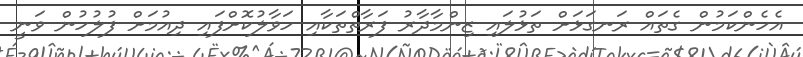
އެހެންކަމުން ގެތައް ރަނގަޅަށް ތަޅުލައި ޒިންމާދާރު ފަރާތްތަކާއި ހަވާލުކޮށްފައި ދިއުމަށް ފުލުހުން ވަނީ